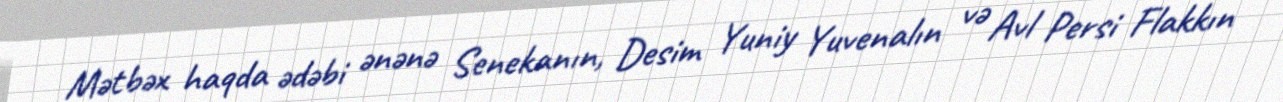
Mətbəx haqda ədəbi ənənə Senekanın, Desim Yuniy Yuvenalın və Avl Persi Flakkın